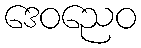
ဒေဝညေဝ